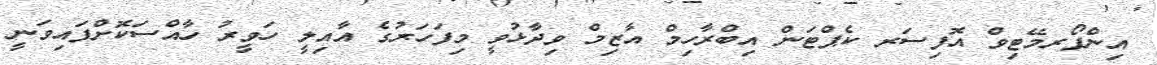
އިންފޯރމޭޓިވް އޮފިސަރ ކެޕްޓަން އިބްރާހިމް އާޒިމް ވިދާޅުވީ މިފަހަރުގެ އާއިލީ ހަވީރު ހާއްސަކޮށްފައިވަނީ